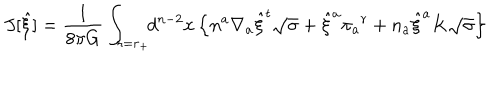
LaTeX: J [ { \hat { \xi } } ] = { \frac { 1 } { 8 \pi G } } \int _ { r = r _ { + } } \! \! d ^ { n - 2 } x \, \Bigl \{ n ^ { a } \nabla _ { a } { \hat { \xi } } ^ { t } \sqrt { \sigma } + { \hat { \xi } } ^ { a } \pi _ { a } { } ^ { r } + n _ { a } { \hat { \xi } } ^ { a } K \sqrt { \sigma } \Bigr \}